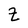
Character: Z